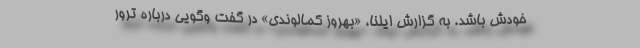
خودش باشد. به گزارش ایلنا، «بهروز کمالوندی» در گفت وگویی درباره ترور